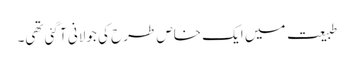
طبیعت میں ایک خاص طرح کی جولانی آ گئی تھی۔